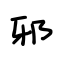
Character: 邪